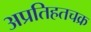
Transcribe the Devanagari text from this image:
अप्रतिहतचक्र